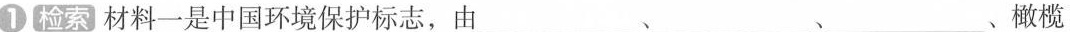
① 检索 材料一是中国环境保护标志，由___、___、___橄榄